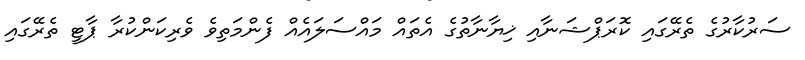
ސަރުކާރުގެ ތެރޭގައި ކޮރަޕްޝަނާއި ޚިޔާނާތުގެ އެތައް މައްސަލައެއް ފެންމަތިވެ ވެރިކަންކުރާ ޕާޓީ ތެރޭގައި